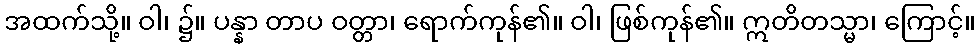
အထက်သို့။ ဝါ၊ ၌။ ပန္နာ တာပ ဝတ္တာ၊ ရောက်ကုန်၏။ ဝါ၊ ဖြစ်ကုန်၏။ ဣတိတသ္မာ၊ ကြောင့်။